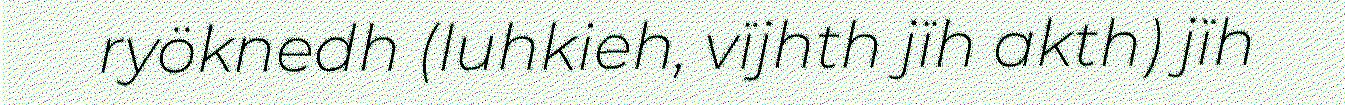
ryöknedh (luhkieh, vïjhth jïh akth) jïh